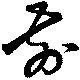
前